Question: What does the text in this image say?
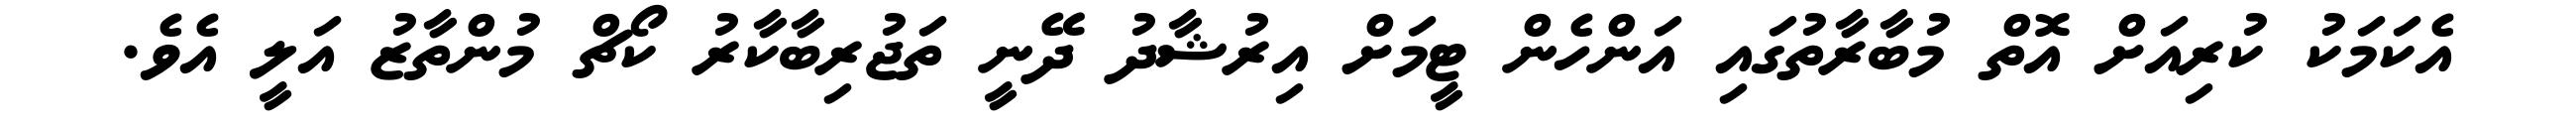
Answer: އެކަމަކު ކުރިއަށް އޮތް މުބާރާތުގައި އަންހެން ޓީމަށް އިރުޝާދު ދޭނީ ތަޖުރިބާކާރު ކޯޗް މުންތާޒު އަލީ އެވެ.